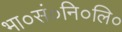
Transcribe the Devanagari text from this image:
भा०सं०नि०लि०